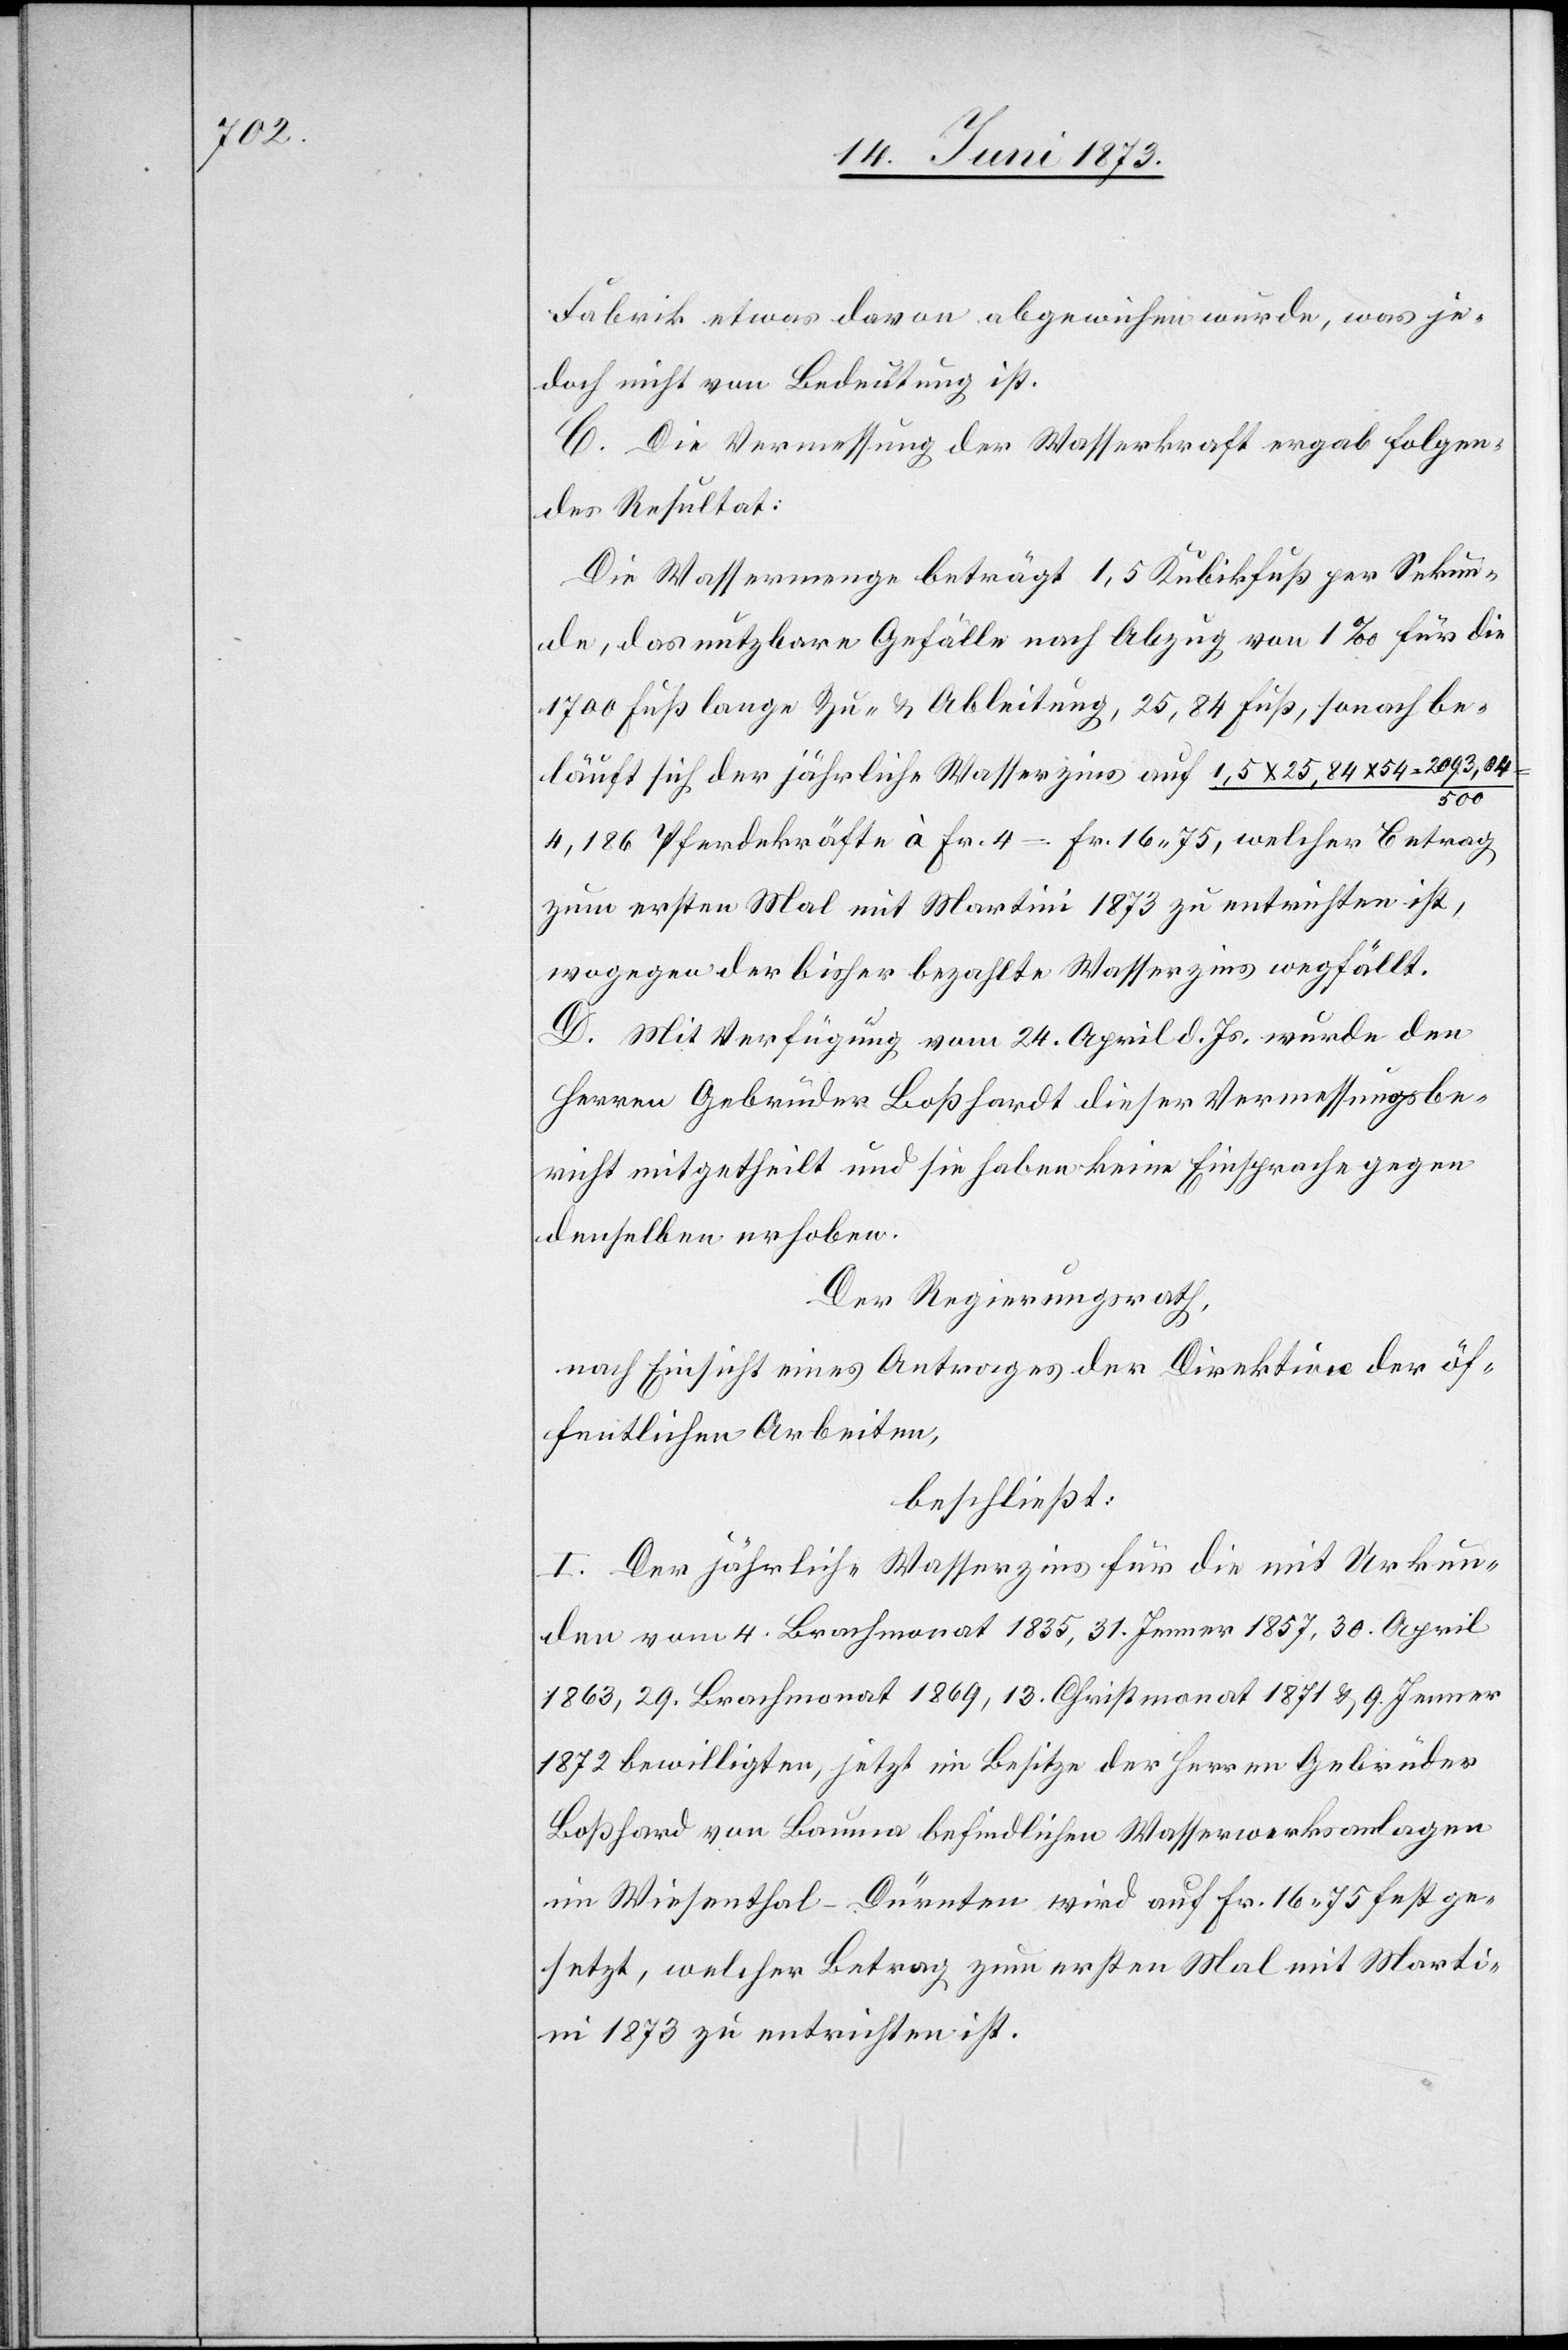
Fabrik etwas davon abgewichen wurde, was je¬
doch nicht von Bedeutung ist.
C. Die Vermessung der Wasserkraft ergab folgen¬
des Resultat:
Die Wassermenge beträgt 1,5 Kubikfuß per Sekun¬
de, das nutzbare Gefälle nach Abzug von 1‰ für die
1 700 Fuß lange Zu- & Ableitung, 25,84 Fuß, sonach be¬
läuft sich der jährliche Wasserzins auf 1,5 x 25,84 x
54
4,186 Pferdekräfte à Fr. 4 = Fr. 16 75, welcher Betrag
zum ersten Mal mit Martini 1873 zu entrichten ist,
wogegen der bisher bezahlte Wasserzins wegfällt.
D. Mit Verfügung vom 24. April d. Js. wurde den
Herren Gebrüder Boßhardt [sic!] dieser Vermessungsbe¬
richt mitgetheilt und sie haben keine Einsprache gegen
denselben erhoben.
Der Regierungsrath,
nach Einsicht eines Antrages der Direktion der öf¬
fentlichen Arbeiten,
beschließt:
I. Der jährliche Wasserzins für die mit Urkun¬
den vom 4. Brachmonat 1835, 31. Jenner 1857, 30. April
1863, 29. Brachmonat 1869, 13. Christmonat 1871 & 9. Jenner
1872 bewilligten, jetzt im Besitze der Herren Gebrüder
Boßhard von Bauma befindlichen Wasserwerksanlagen
im Wiesenthal-Dürnten wird auf Fr. 16 75 fest ge¬
setzt, welcher Betrag zum ersten Mal mit Mart¬
ini 1873 zu entrichten ist.